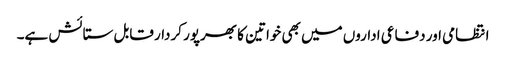
انتظامی اور دفاعی اداروں میں بھی خواتین کا بھرپور کردار قابل ستائش ہے۔